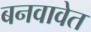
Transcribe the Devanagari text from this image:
बनवावेत